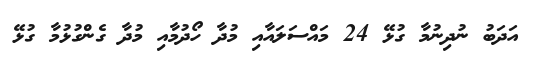
އަދަބު ނުދިނުމާ ގުޅޭ 24 މައްސަލައާއި މުދާ ހޯދުމާއި މުދާ ގެންގުޅުމާ ގުޅޭ